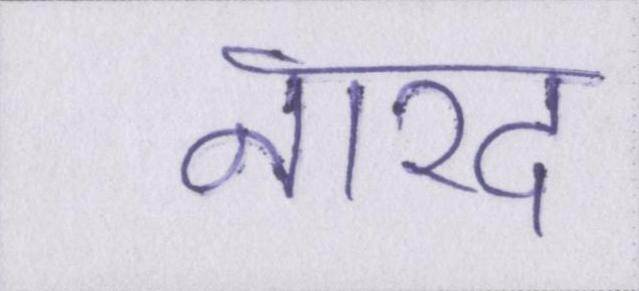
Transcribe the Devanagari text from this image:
नारद